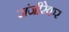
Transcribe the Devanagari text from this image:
जंजीरेकर